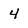
Character: 4